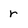
Character: r